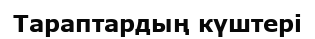
Тараптардың күштері